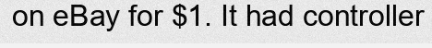
on eBay for $1. It had controller